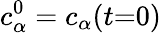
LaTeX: c_{\alpha}^{0}=c_{\alpha}(t{=}0)